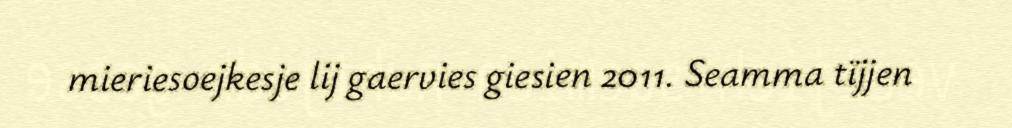
mieriesoejkesje lij gaervies giesien 2011. Seamma tïjjen